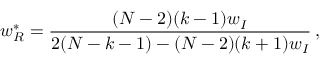
w _ { R } ^ { * } = \frac { ( N - 2 ) ( k - 1 ) w _ { I } } { 2 ( N - k - 1 ) - ( N - 2 ) ( k + 1 ) w _ { I } } \, ,